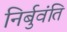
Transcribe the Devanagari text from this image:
निर्बुवंति